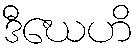
ဒီဃေဟိ